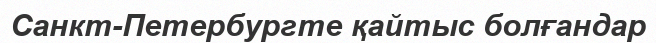
Санкт-Петербургте қайтыс болғандар